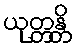
ယုတ္တန္တိ